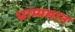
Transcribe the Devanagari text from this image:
भ्राम्यमान